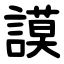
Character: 謨